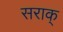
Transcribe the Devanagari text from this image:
सराक्